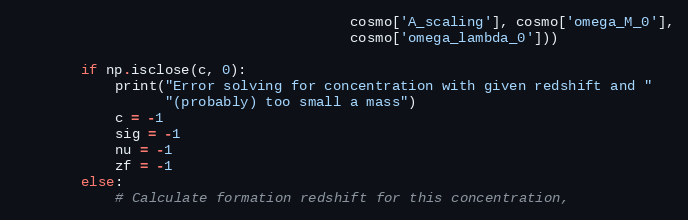
Language: Python
                                        cosmo['A_scaling'], cosmo['omega_M_0'],
                                        cosmo['omega_lambda_0']))

        if np.isclose(c, 0):
            print("Error solving for concentration with given redshift and "
                  "(probably) too small a mass")
            c = -1
            sig = -1
            nu = -1
            zf = -1
        else:
            # Calculate formation redshift for this concentration,